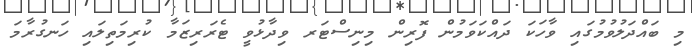
މި ބައްދަލުވުމުގައި ވާހަކަ ދައްކަވަމުން ފޮރިން މިނިސްޓަރ ވިދާޅުވީ ޓެރަރިޒަމާ ކުރިމަތިލައި ހަނގުރާމަ